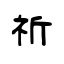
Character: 祈